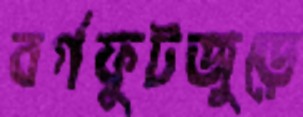
বর্গফুটজুড়ে